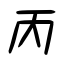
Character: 丙